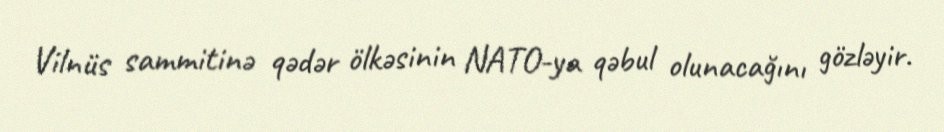
Vilnüs sammitinə qədər ölkəsinin NATO-ya qəbul olunacağını gözləyir.